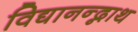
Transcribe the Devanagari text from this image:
विद्यानन्द्नाथ